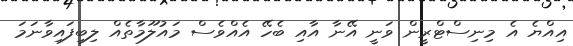
އިއްޔެ އެ މިނިސްޓްރީން ވަނީ އޭނާ އާއި ބެހޭ އެއްވެސް މައުލޫމާތެއް ލިބިފައިވާނަމަ